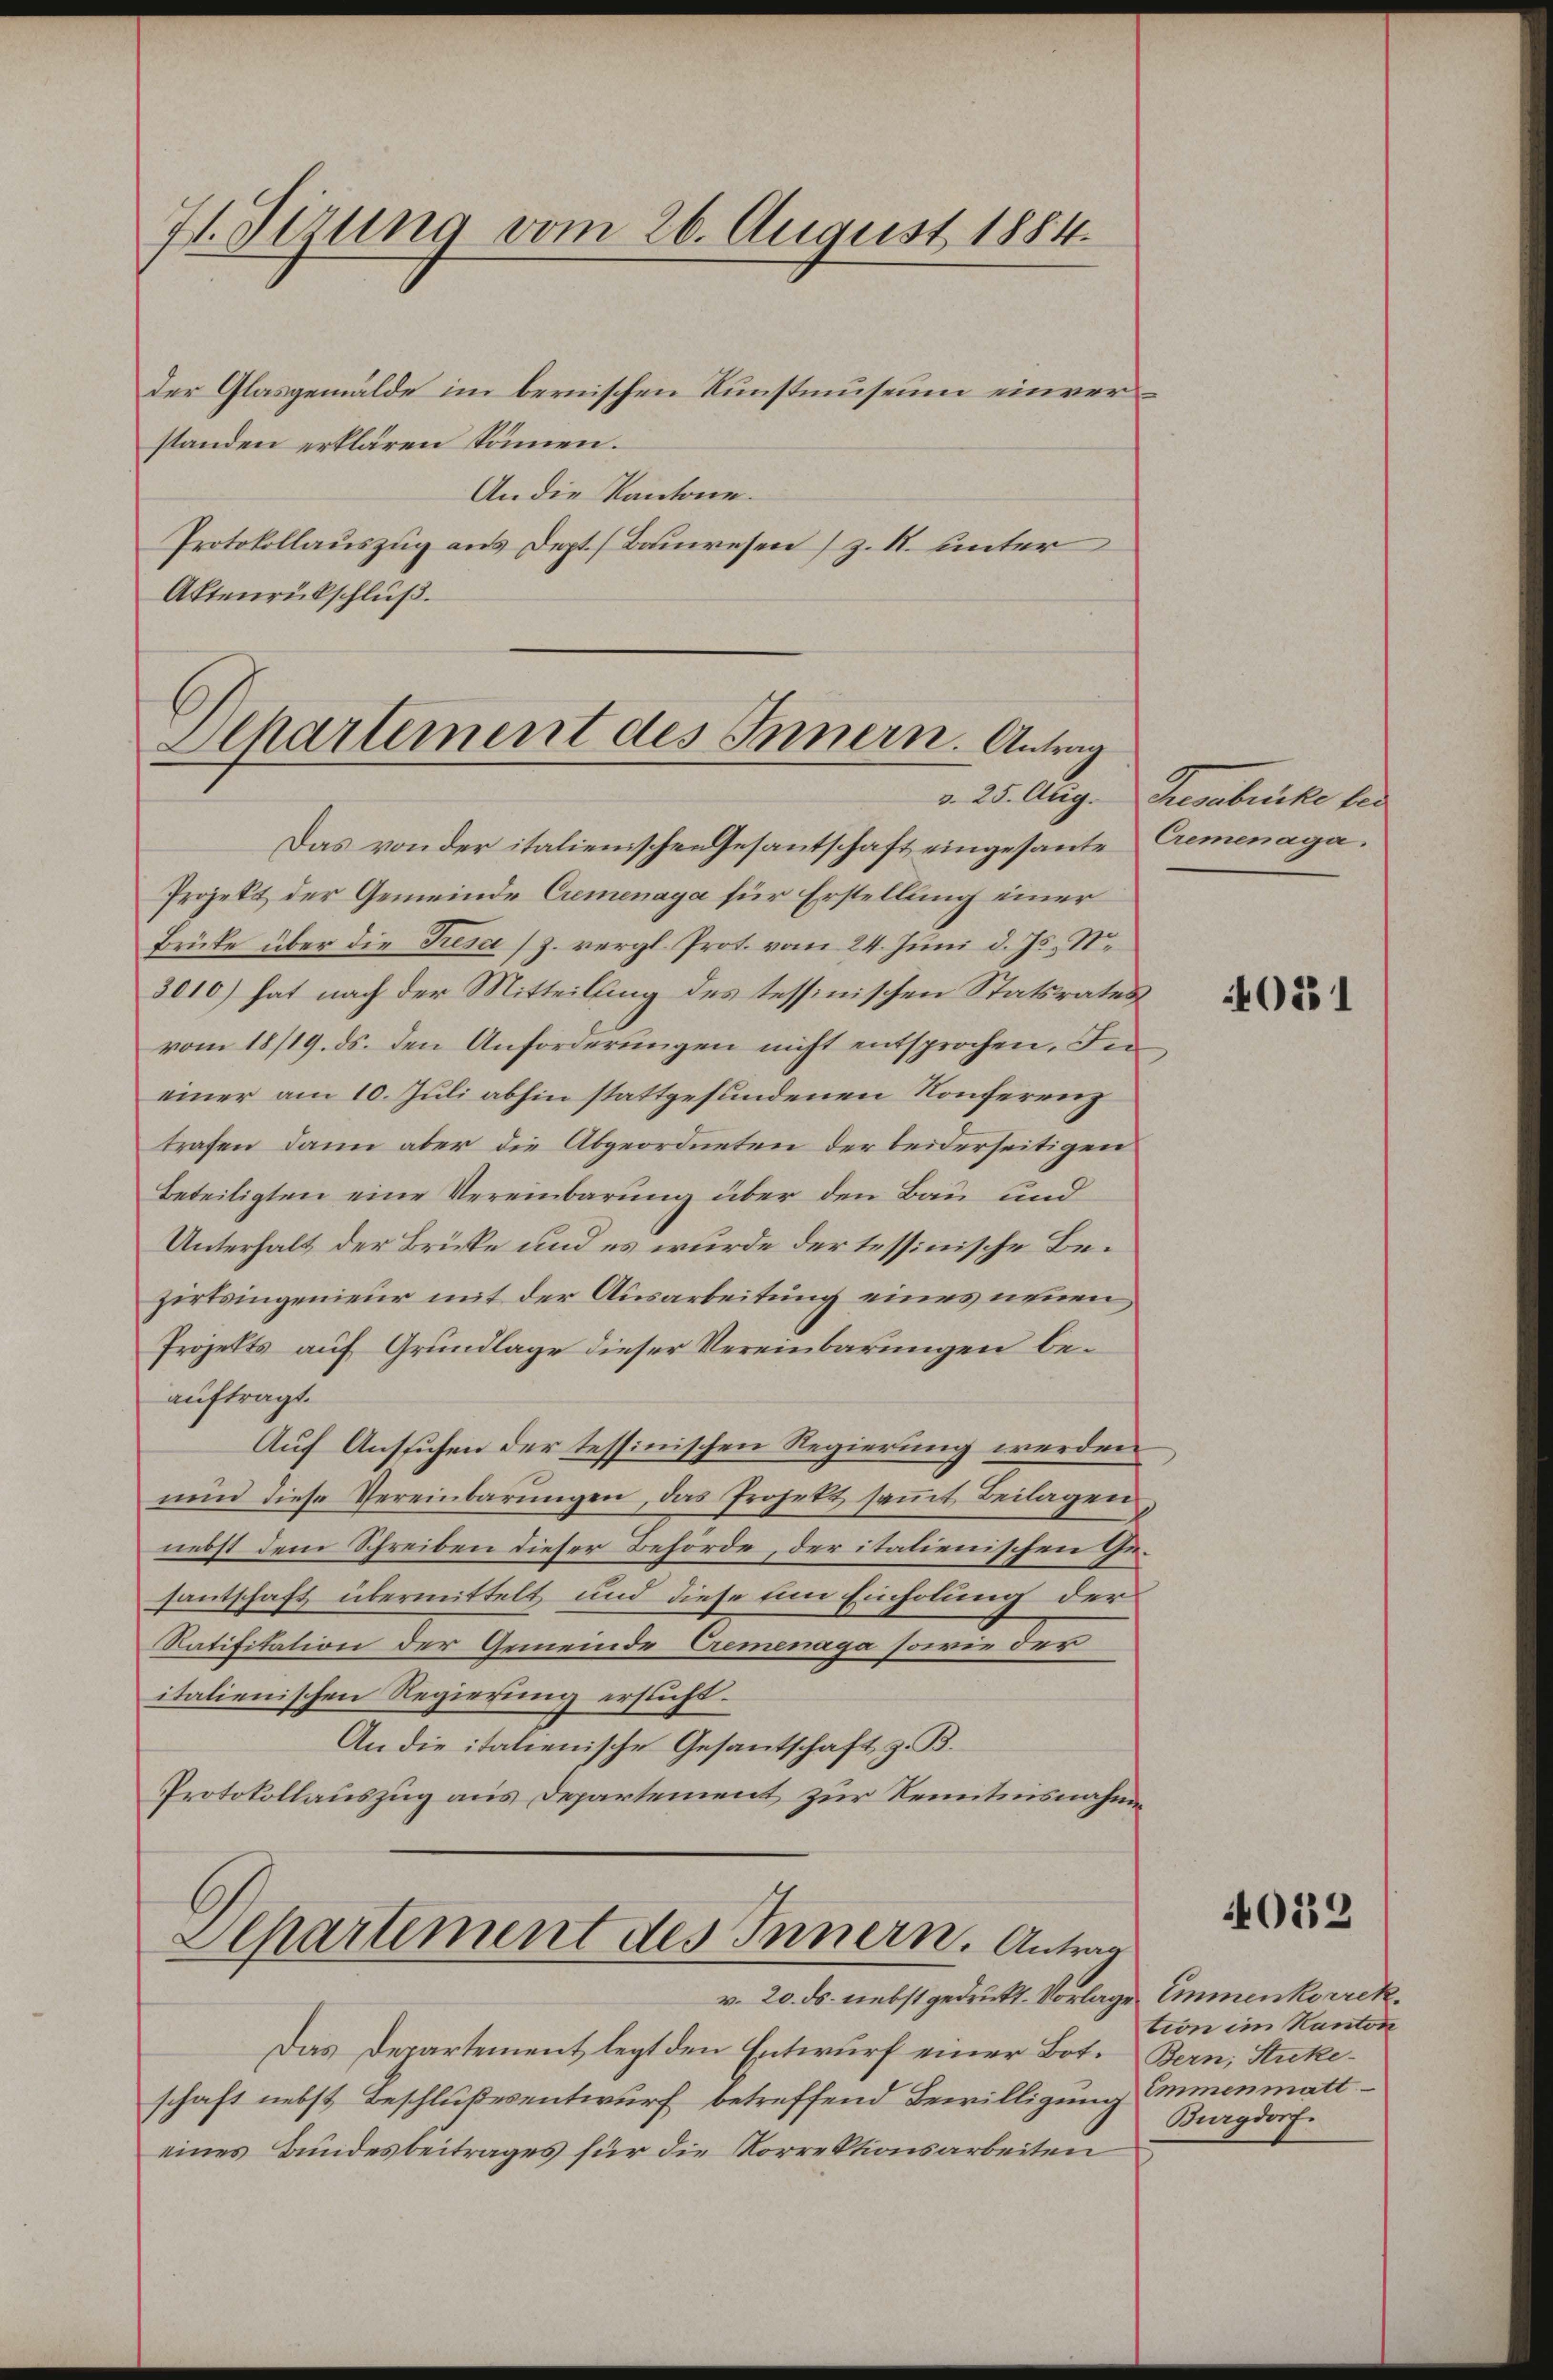
71. Sizung vom 26. August 1884.

der Glasgemälde im bernischen Kunstmuseum einverstanden erklären können.
An die Kantone.
Protokollauszug aus Dept. Bauwesen (z. B. unter
Aktenrückschluß.

Dehartement des Innern. Antrag

Das von der italienischen Gesantschaft eingesante Cremenaga¬
Projekt der Gemeinde Cremenaya für Erstellung einer
Brüke über die Fresa (z. vergl. Prot. vom 24. Juni d. Js. ste
3010) hat nach der Mitteilung des tessinischen Statsrates
vom 18/19. ds. den Anforderungen nicht entsprochen. In
einer am 10. Juli abhin stattgefundenen Konferenz
trafen dann aber die Abgeordneten der beiderseitigen
Beteiligten eine Vereinbarung über den Bau und
Unterhalt der Britte und es wurde der tessinische Bezirtsingenieur mit der Ausarbeitung eines neuen
Projekts auf Grundlage dieser Vereinbarungen beauftragt.
Auf Ansuchen der tessinischen Regierung werden
nŭn diese Vereinbarŭngen, das Projekt saṁt Beilagen
nebst dem Schreiben dieser Behörde, der italienischen Gesantschaft übermittelt und diese Ein Einholung der
Ratifitation der Gemeinde Cremenaga sowie der
italienischen Regierung ersucht.
An die italienische Gesantschaft z. B.
Protokollauszug aus Departement zur Kenntnisnahmen

Separtement des Innern. Antrag

v. 20. ds. nebst gedruckt. Vorlage Emmenkorrek¬
Das Departement legt den Entwurf einer Bot. Bern, Stuckeschaft nebst Beschlußesentwurf betreffend Bewilligung immenmatteines Bundesbeitrages für die Korrektionsarbeiten

v. 25. Aug. Gesabrike sei

0531

4052

tion im Kanton
Burgdorf.